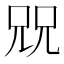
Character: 㒭